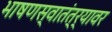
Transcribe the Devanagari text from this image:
भाषणस्वातंत्र्यावर